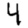
Digit: 4